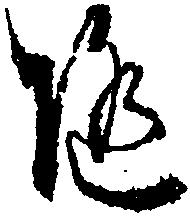
随